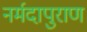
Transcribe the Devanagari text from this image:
नर्मदापुराण